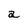
Character: a